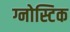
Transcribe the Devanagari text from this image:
ग्नोस्टिक